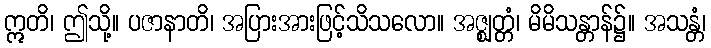
ဣတိ၊ ဤသို့။ ပဇာနာတိ၊ အပြားအားဖြင့်သိသလော။ အဇ္ဈတ္တံ၊ မိမိသန္တာန်၌။ အသန္တံ၊